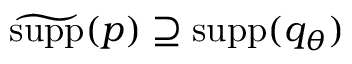
\widetilde { { \mathrm { s u p p } } } ( p ) \supseteq { \mathrm { s u p p } } ( q _ { \theta } )